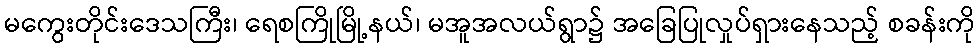
မကွေးတိုင်းဒေသကြီး၊ ရေစကြိုမြို့နယ်၊ မအူအလယ်ရွာ၌ အခြေပြုလှုပ်ရှားနေသည့် စခန်းကို